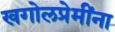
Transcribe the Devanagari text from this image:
खगोलप्रेमींना